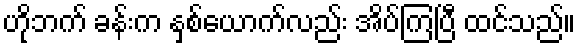
ဟိုဘက် ခန်းက နှစ်ယောက်လည်း အိပ်ကြပြီ ထင်သည်။